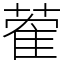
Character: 蒮